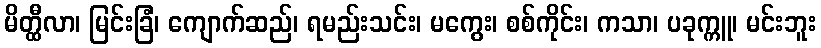
မိတ္ထီလာ၊ မြင်းခြံ၊ ကျောက်ဆည်၊ ရမည်းသင်း၊ မကွေး၊ စစ်ကိုင်း၊ ကသာ၊ ပခုက္ကူ၊ မင်းဘူး